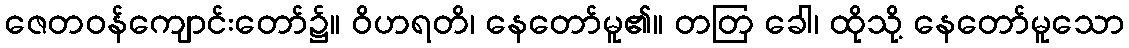
ဇေတဝန်ကျောင်းတော်၌။ ဝိဟရတိ၊ နေတော်မူ၏။ တတြ ခေါ၊ ထိုသို့ နေတော်မူသော